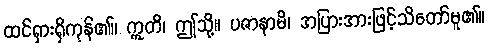
ထင်ရှားရှိကုန်၏။ ဣတိ၊ ဤသို့။ ပဇာနာမိ၊ အပြားအားဖြင့်သိတော်မူ၏။